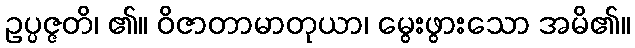
ဥပ္ပဇ္ဇတိ၊ ၏။ ဝိဇာတာမာတုယာ၊ မွေးဖွားသော အမိ၏။